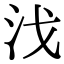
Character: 㳀